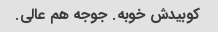
کوبیدش خوبه. جوجه هم عالی.